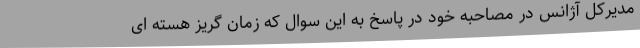
مدیرکل آژانس در مصاحبه خود در پاسخ به این سوال که زمان گریز هسته ای